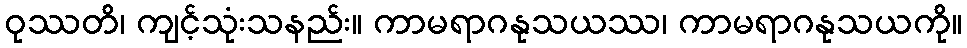
ဝုဿတိ၊ ကျင့်သုံးသနည်း။ ကာမရာဂနုသယဿ၊ ကာမရာဂနုသယကို။